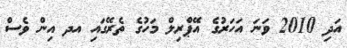
އަދި 2010 ވަނަ އަހަރުގެ އޭޕްރިލް މަހުގެ ތެރޭގައި އދ އިން ވެސް